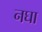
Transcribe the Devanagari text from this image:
नघा